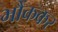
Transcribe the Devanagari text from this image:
भौंककर